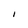
Character: I